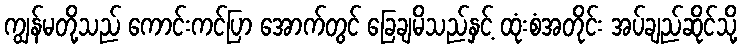
ကျွန်မတို့သည် ကောင်းကင်ပြာ အောက်တွင် ခြေချမိသည်နှင့် ထုံးစံအတိုင်း အပ်ချည်ဆိုင်သို့